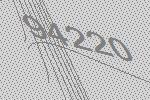
94220